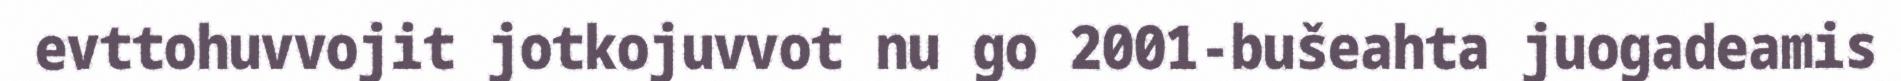
evttohuvvojit jotkojuvvot nu go 2001-bušeahta juogadeamis